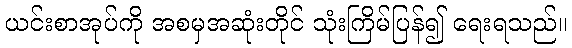
ယင်းစာအုပ်ကို အစမှအဆုံးတိုင် သုံးကြိမ်ပြန်၍ ရေးရသည်။